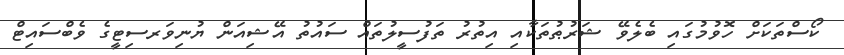
ކޯސްތަކަށް ހޮވުމުގައި ބެލެވޭ ޝަރުޠުތަކާއި އިތުރު ތަފުސީލުތައް ސައުތު އޭޝިއަން ޔުނިވަރސިޓީގެ ވެބްސައިޓް